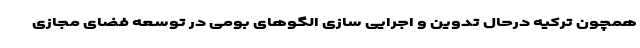
همچون ترکیه درحال تدوین و اجرایی سازی الگوهای بومی در توسعه فضای مجازی